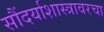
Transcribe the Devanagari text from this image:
सौंदर्याशास्त्रावरचा